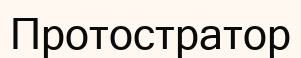
Протостратор